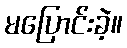
မပြောင်းခဲ့။